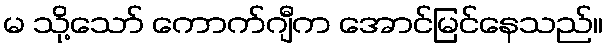
မ သို့သော် ကောက်ဂျီက အောင်မြင်နေသည်။